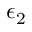
\epsilon _ { 2 }